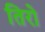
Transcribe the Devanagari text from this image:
तिरो